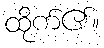
ထိုက်၏။